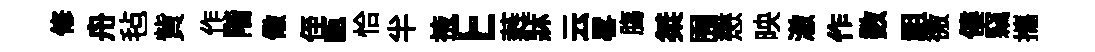
修舟毡貲作階儆侄甌恰半掖E蕤牀云畧膓桀囿懋映澈作数祖徼僂竊攜